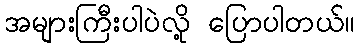
အများကြီးပါပဲလို့ ပြောပါတယ်။